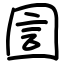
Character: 圁